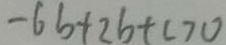
- 6 b + 2 b + c > 0